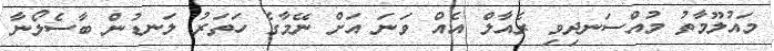
މައުލޫމާތު މުއްސަނދިވި ރެއާލް އެއް ވަނަ އަށް ނޭމާގެ ހަތަރު ލަނޑުން ބާސެލޯނާ